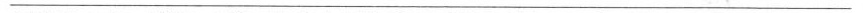
___